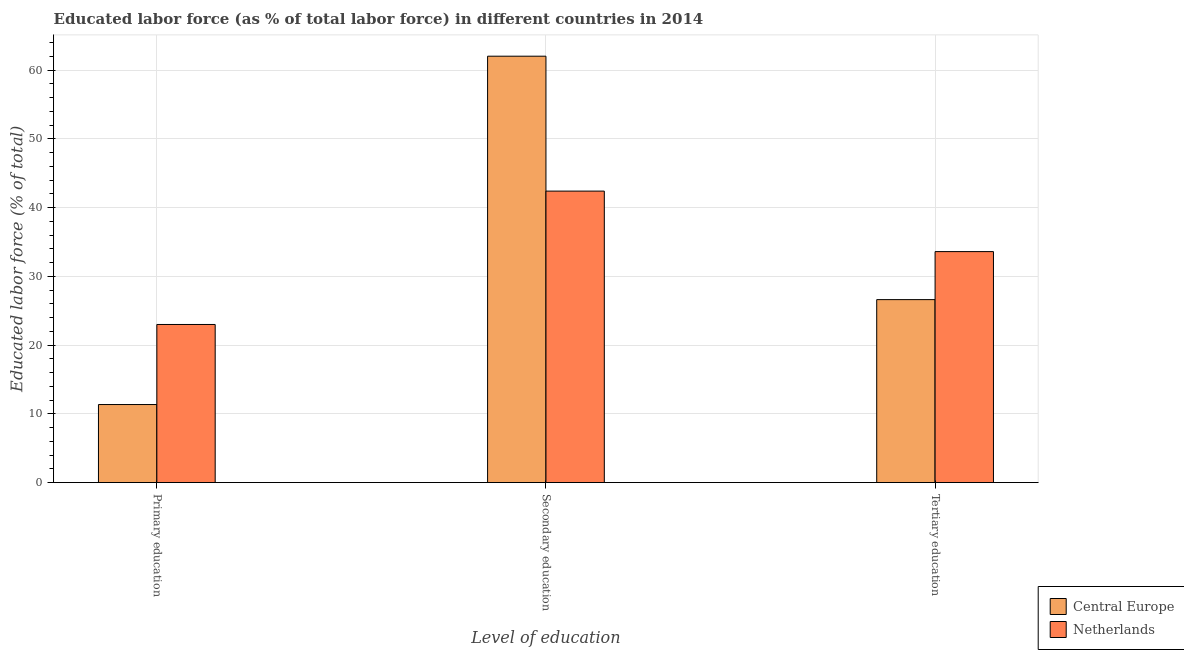
| Level of education | Central Europe | Netherlands |
 | --- | --- | --- |
 | Primary education | 11.4 | 23 |
 | Secondary education | 62 | 42.4 |
 | Tertiary education | 26.6 | 33.6 |